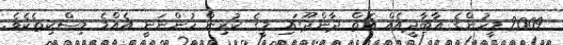
2009 މީހުންގެ އާބާދީއެއް އޮތް ދާންދޫގައި މީގެ ކުރިން ހުންނަނީ އެއްމެ މިސްކިތެކެވެ.